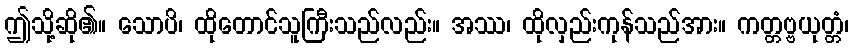
ဤသို့ဆို၏။ သောပိ၊ ထိုတောင်သူကြီးသည်လည်း။ အဿ၊ ထိုလှည်းကုန်သည်အား။ ကတ္တဗ္ဗယုတ္တံ၊